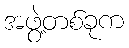
အဖွဲ့တစ်ခုက